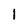
Character: I